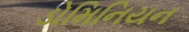
ડોમિનિયન